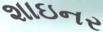
શાઇનર